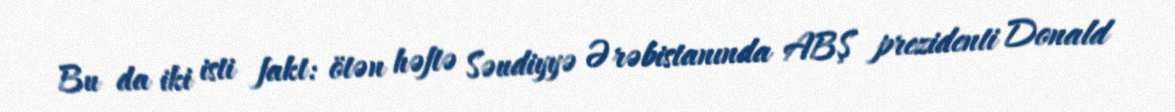
Bu da iki isti fakt: ötən həftə Səudiyyə Ərəbistanında ABŞ prezidenti Donald